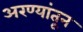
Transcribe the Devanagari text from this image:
अरण्यांतून